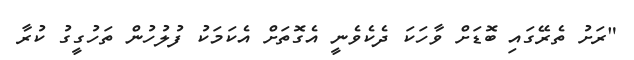
"ރަށު ތެރޭގައި ބޮޑަށް ވާހަކަ ދެކެވެނީ އެގޮތަށް އެކަމަކު ފުލުހުން ތަހުގީގު ކުރާ